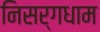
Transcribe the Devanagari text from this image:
निसर्गधाम